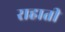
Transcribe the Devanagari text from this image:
राहाती